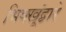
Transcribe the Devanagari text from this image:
भिक्खूंद्वारे